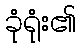
ခုံရုံး၏